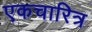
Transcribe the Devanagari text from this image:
एकचारित्र